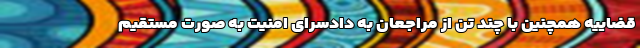
قضاییه همچنین با چند تن از مراجعان به دادسرای امنیت به صورت مستقیم